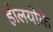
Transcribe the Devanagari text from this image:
होलयोके